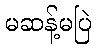
မဆန့်မပြဲ